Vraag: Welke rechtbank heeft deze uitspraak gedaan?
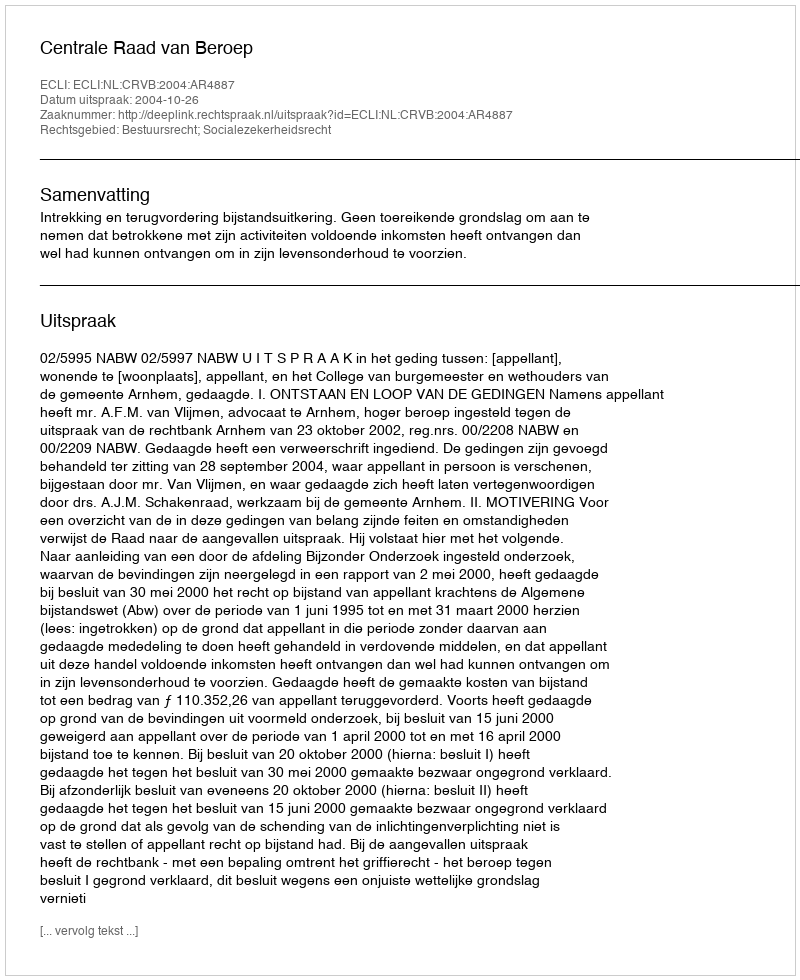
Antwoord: Centrale Raad van Beroep